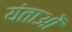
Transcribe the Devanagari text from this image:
यंताओं